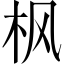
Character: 枫